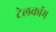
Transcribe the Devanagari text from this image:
टेलकॉम